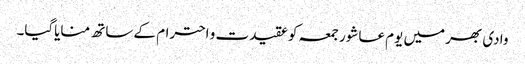
وادی بھر میں یوم عاشور جمعہ کوعقیدت و احترام کے ساتھ منایاگیا۔